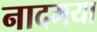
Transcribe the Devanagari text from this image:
नादमया